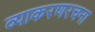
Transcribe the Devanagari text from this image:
व्याकरणरचना